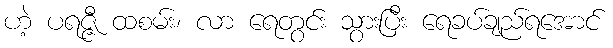
ဟဲ့ ပရဇ္ဇီ ထစမ်း၊ လာ ရေတွင်း သွားပြီး ရေခပ်ချည်ရအောင်